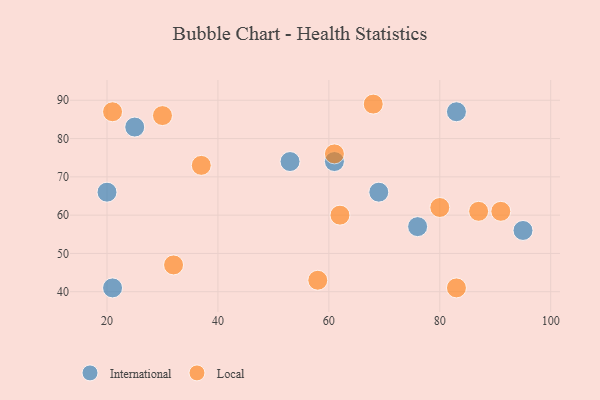
{"axis": {"x": "GDP", "y": "Life Expectancy"}, "legend": ["International", "Local"], "data": [{"x": "53", "y": 74, "type": "International"}, {"x": "20", "y": 66, "type": "International"}, {"x": "21", "y": 41, "type": "International"}, {"x": "61", "y": 74, "type": "International"}, {"x": "69", "y": 66, "type": "International"}, {"x": "76", "y": 57, "type": "International"}, {"x": "25", "y": 83, "type": "International"}, {"x": "83", "y": 87, "type": "International"}, {"x": "95", "y": 56, "type": "International"}, {"x": "62", "y": 60, "type": "Local"}, {"x": "21", "y": 87, "type": "Local"}, {"x": "37", "y": 73, "type": "Local"}, {"x": "32", "y": 47, "type": "Local"}, {"x": "61", "y": 76, "type": "Local"}, {"x": "68", "y": 89, "type": "Local"}, {"x": "58", "y": 43, "type": "Local"}, {"x": "83", "y": 41, "type": "Local"}, {"x": "30", "y": 86, "type": "Local"}, {"x": "80", "y": 62, "type": "Local"}, {"x": "87", "y": 61, "type": "Local"}, {"x": "91", "y": 61, "type": "Local"}]}